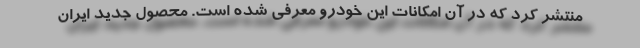
منتشر کرد که در آن امکانات این خودرو معرفی شده است. محصول جدید ایران